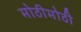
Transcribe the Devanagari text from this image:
मोठीमोठी